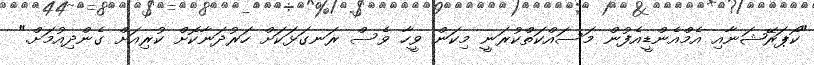
"ކޯޕަރޭޝަނާއި އެމްއެންޑީއެފުން މަސައްކަތްކުރަނީ މިކަން ވީހާ ވެސް ރަނގަޅަކަށް ހަރުދަނާކޮށް ކުރިއަށް ގެންދިއުމަށް."